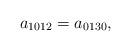
LaTeX: \begin{align*} a_{1012} = a_{0130},\end{align*}